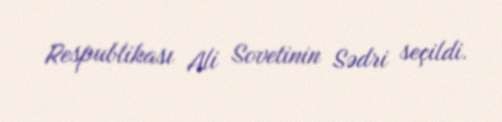
Respublikası Ali Sovetinin Sədri seçildi.